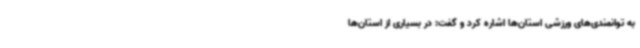
به توانمندی‌های ورزشی استان‌ها اشاره کرد و گفت: در بسیاری از استان‌ها